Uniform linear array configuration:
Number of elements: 8
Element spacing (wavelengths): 0.25
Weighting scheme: cosine
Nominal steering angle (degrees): -30
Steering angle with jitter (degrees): -28.784
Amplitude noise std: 0.05
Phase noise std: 0.05

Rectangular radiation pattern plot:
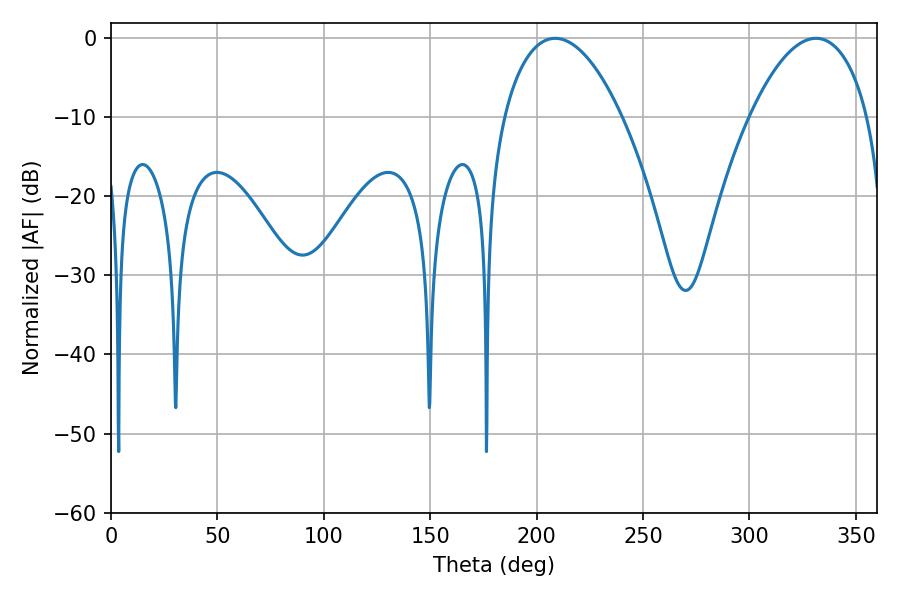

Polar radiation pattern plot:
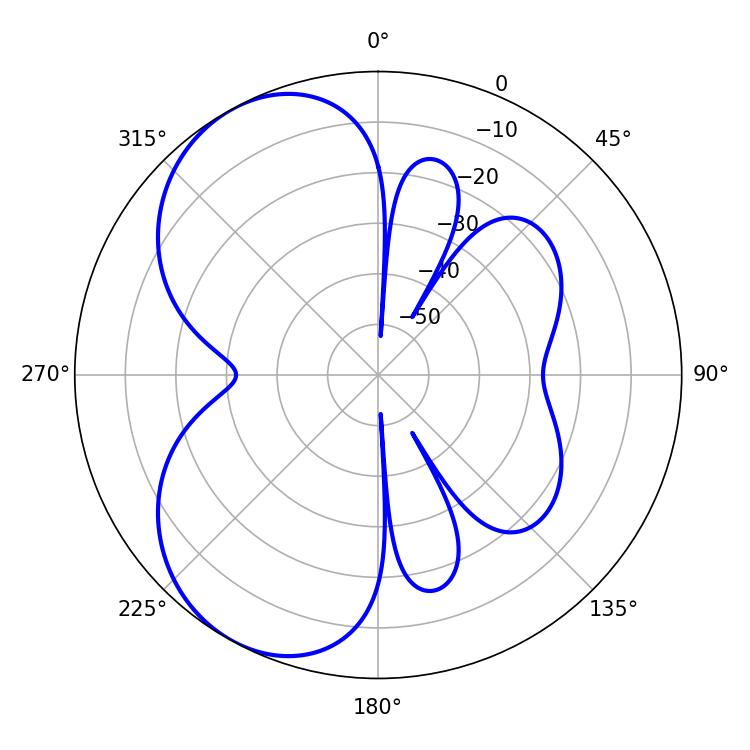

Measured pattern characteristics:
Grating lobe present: FALSE
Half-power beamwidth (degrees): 30.96
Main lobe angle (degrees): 208.62